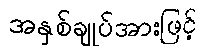
အနှစ်ချုပ်အားဖြင့်